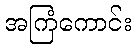
အကြံကောင်း